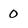
Character: 0